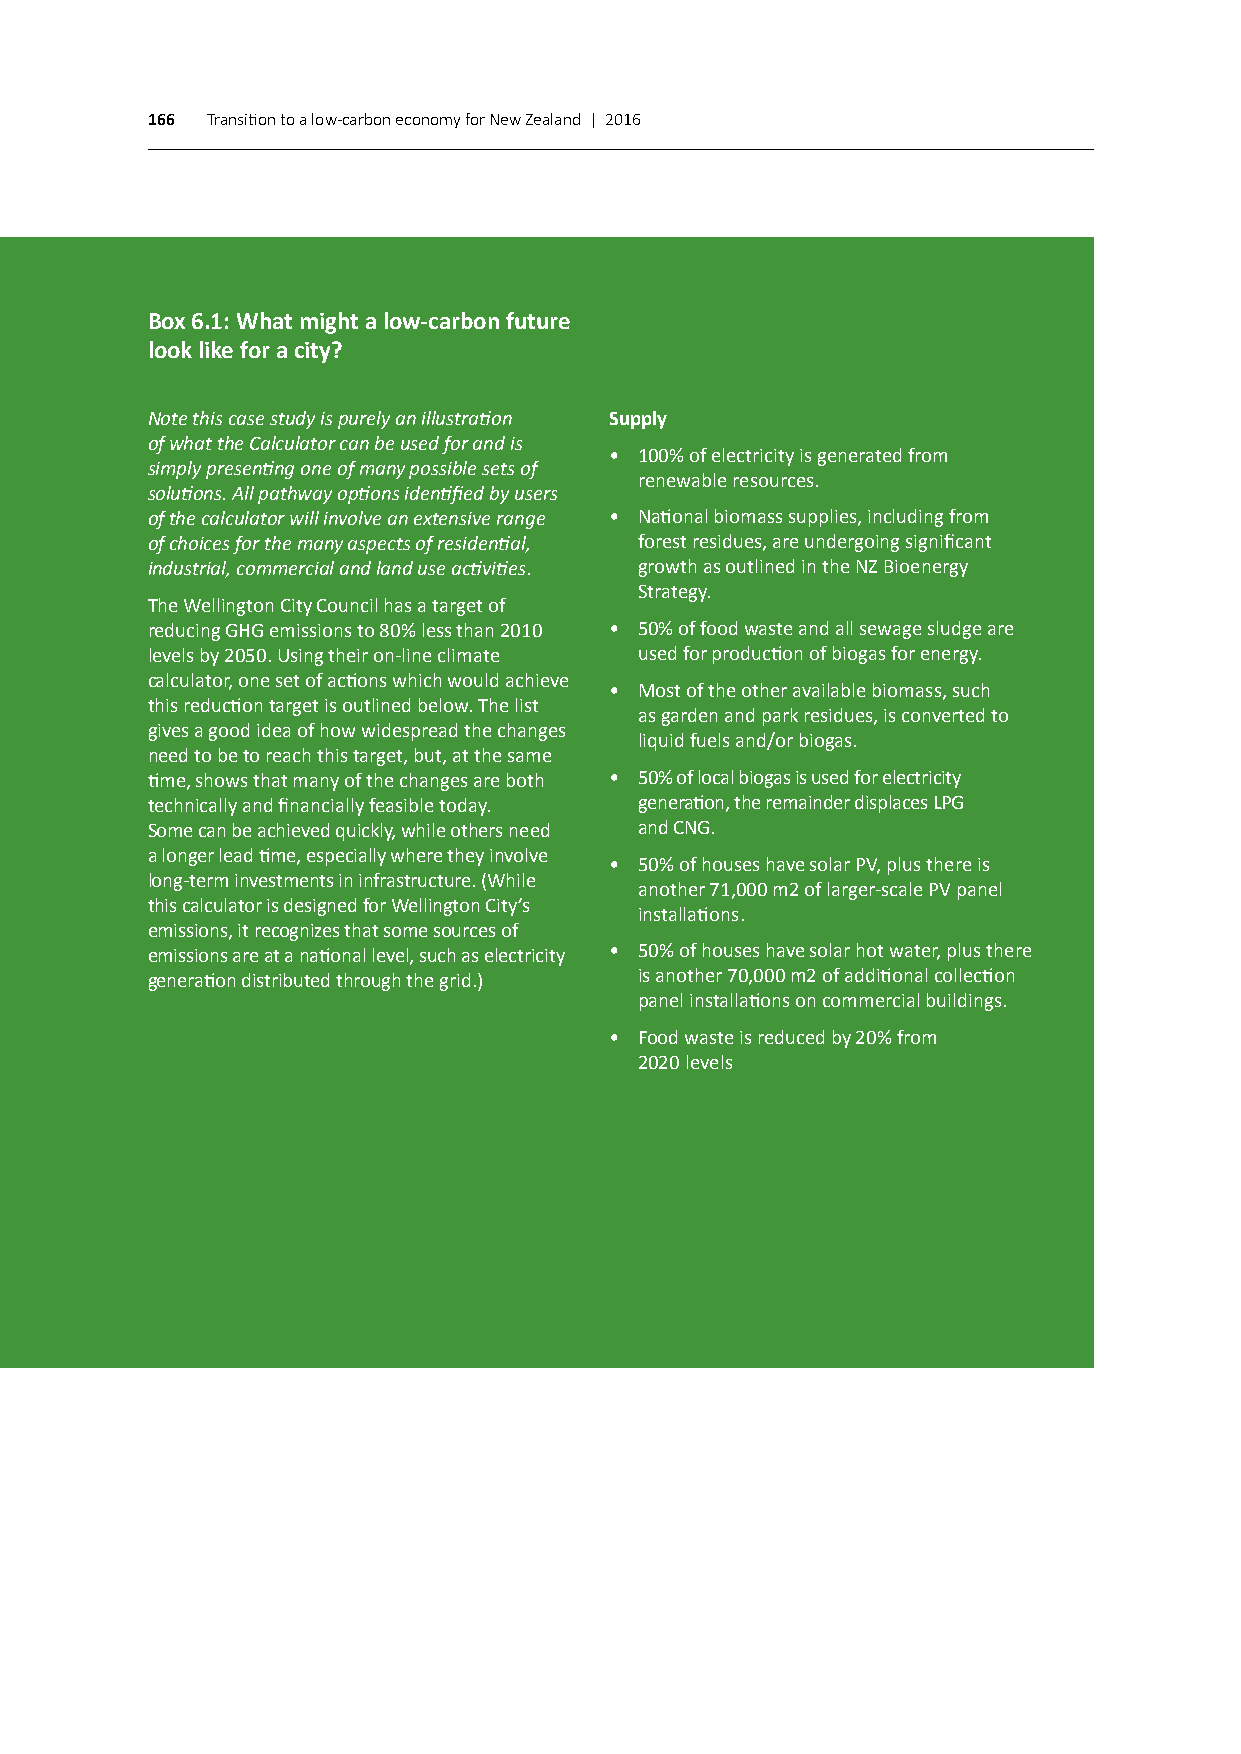
166 Transition to a low-carbon economy for New Zealand | 2016
 Box 6.1: What might a low-carbon future
 look like for a city?
 Note this case study is purely an illustration Supply
 of what the Calculator can be used for and is
 • 100% of electricity is generated from
 simply presenting one of many possible sets of
 renewable resources.
 solutions. All pathway options identified by users
 of the calculator will involve an extensive range • National biomass supplies, including from
 of choices for the many aspects of residential, forest residues, are undergoing significant
 industrial, commercial and land use activities. growth as outlined in the NZ Bioenergy
 Strategy.
 The Wellington City Council has a target of
 reducing GHG emissions to 80% less than 2010 • 50% of food waste and all sewage sludge are
 levels by 2050. Using their on-line climate used for production of biogas for energy.
 calculator, one set of actions which would achieve
 • Most of the other available biomass, such
 this reduction target is outlined below. The list
 as garden and park residues, is converted to
 gives a good idea of how widespread the changes
 liquid fuels and/or biogas.
 need to be to reach this target, but, at the same
 time, shows that many of the changes are both • 50% of local biogas is used for electricity
 technically and financially feasible today. generation, the remainder displaces LPG
 Some can be achieved quickly, while others need and CNG.
 a longer lead time, especially where they involve
 • 50% of houses have solar PV, plus there is
 long-term investments in infrastructure. (While
 another 71,000 m2 of larger-scale PV panel
 this calculator is designed for Wellington City’s
 installations.
 emissions, it recognizes that some sources of
 emissions are at a national level, such as electricity • 50% of houses have solar hot water, plus there
 generation distributed through the grid.) is another 70,000 m2 of additional collection
 panel installations on commercial buildings.
 • Food waste is reduced by 20% from
 2020 levels